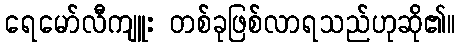
ရေမော်လီကျူး တစ်ခုဖြစ်လာရသည်ဟုဆို၏။